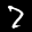
Label: 7